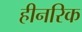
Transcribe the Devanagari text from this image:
हीनरिक